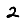
Digit: 2